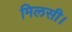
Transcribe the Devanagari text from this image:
मिलसी।